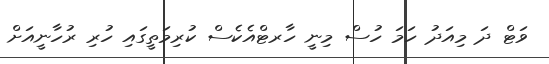
ވަޓް ދަ މިއަދު ހަމަ ހުސް މިނީ ހާރޓްއެކެސް ކުރިމަތީގައި ހުރި ރުހާނީއަށް